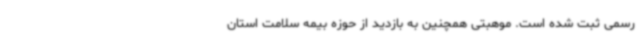
رسمی ثبت شده است. موهبتی همچنین به بازدید از حوزه بیمه سلامت استان